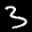
Label: 3